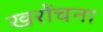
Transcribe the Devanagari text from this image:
खरोंचना